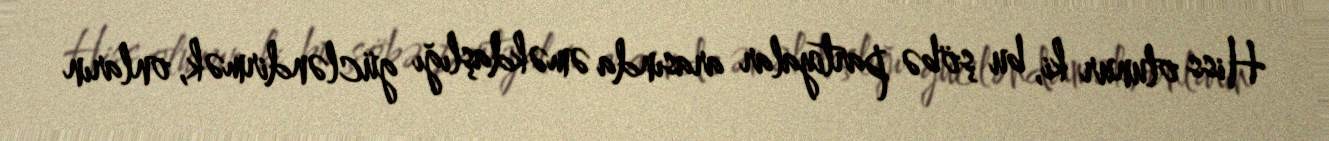
Hiss olunur ki, bu şöbə partiyalar arasında əməkdaşlığı gücləndirmək, onların